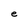
Character: e